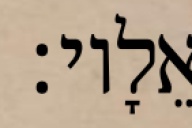
אֵלָיו׃